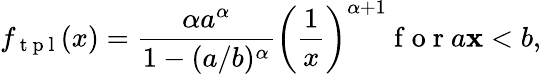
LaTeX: f_{\mathrm{~t~p~l~}}(x)=\frac{\alpha a^{\alpha}}{1-(a/b)^{\alpha}}\left(\frac 1x\right)^{\alpha+1}\mathrm{~f~o~r~}a\le x<b,